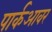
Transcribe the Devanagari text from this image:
पार्कआवर